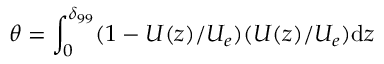
\theta = \int _ { 0 } ^ { \delta _ { 9 9 } } ( 1 - U ( z ) / U _ { e } ) ( U ( z ) / U _ { e } ) \mathrm { d } z